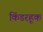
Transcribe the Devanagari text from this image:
किंडरहूक